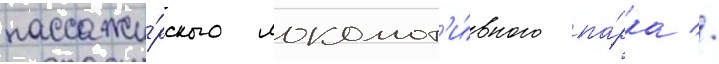
пассажи́рского локомот'и́вного па́рка //